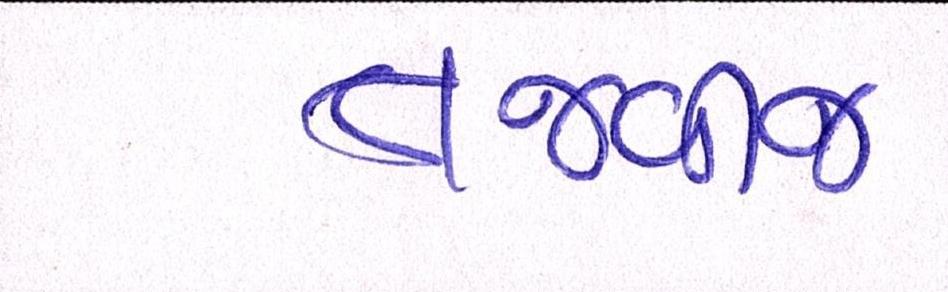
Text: તજવીજ